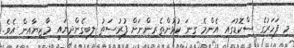
މި ފަހަރުގެ ސްކޮޑުގައި އެންމެ ގިނަ ކުޅުންތެރިންނަށް ފުރުސަތު ލިބިގެންދިޔައީ މާޒިޔާއިން އެވެ.